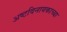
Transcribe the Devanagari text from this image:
अष्टविनायकाच्या